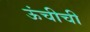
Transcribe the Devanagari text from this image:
ऊंचीची